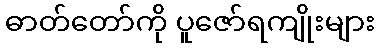
ဓာတ်တော်ကို ပူဇော်ရကျိုးများ